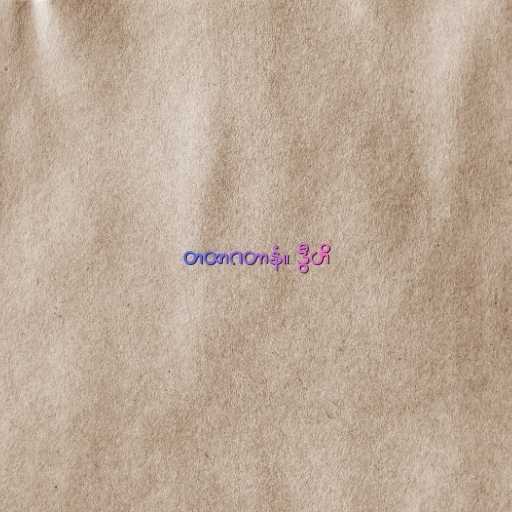
တထာဂတာနံ။ ဒွီဟိ